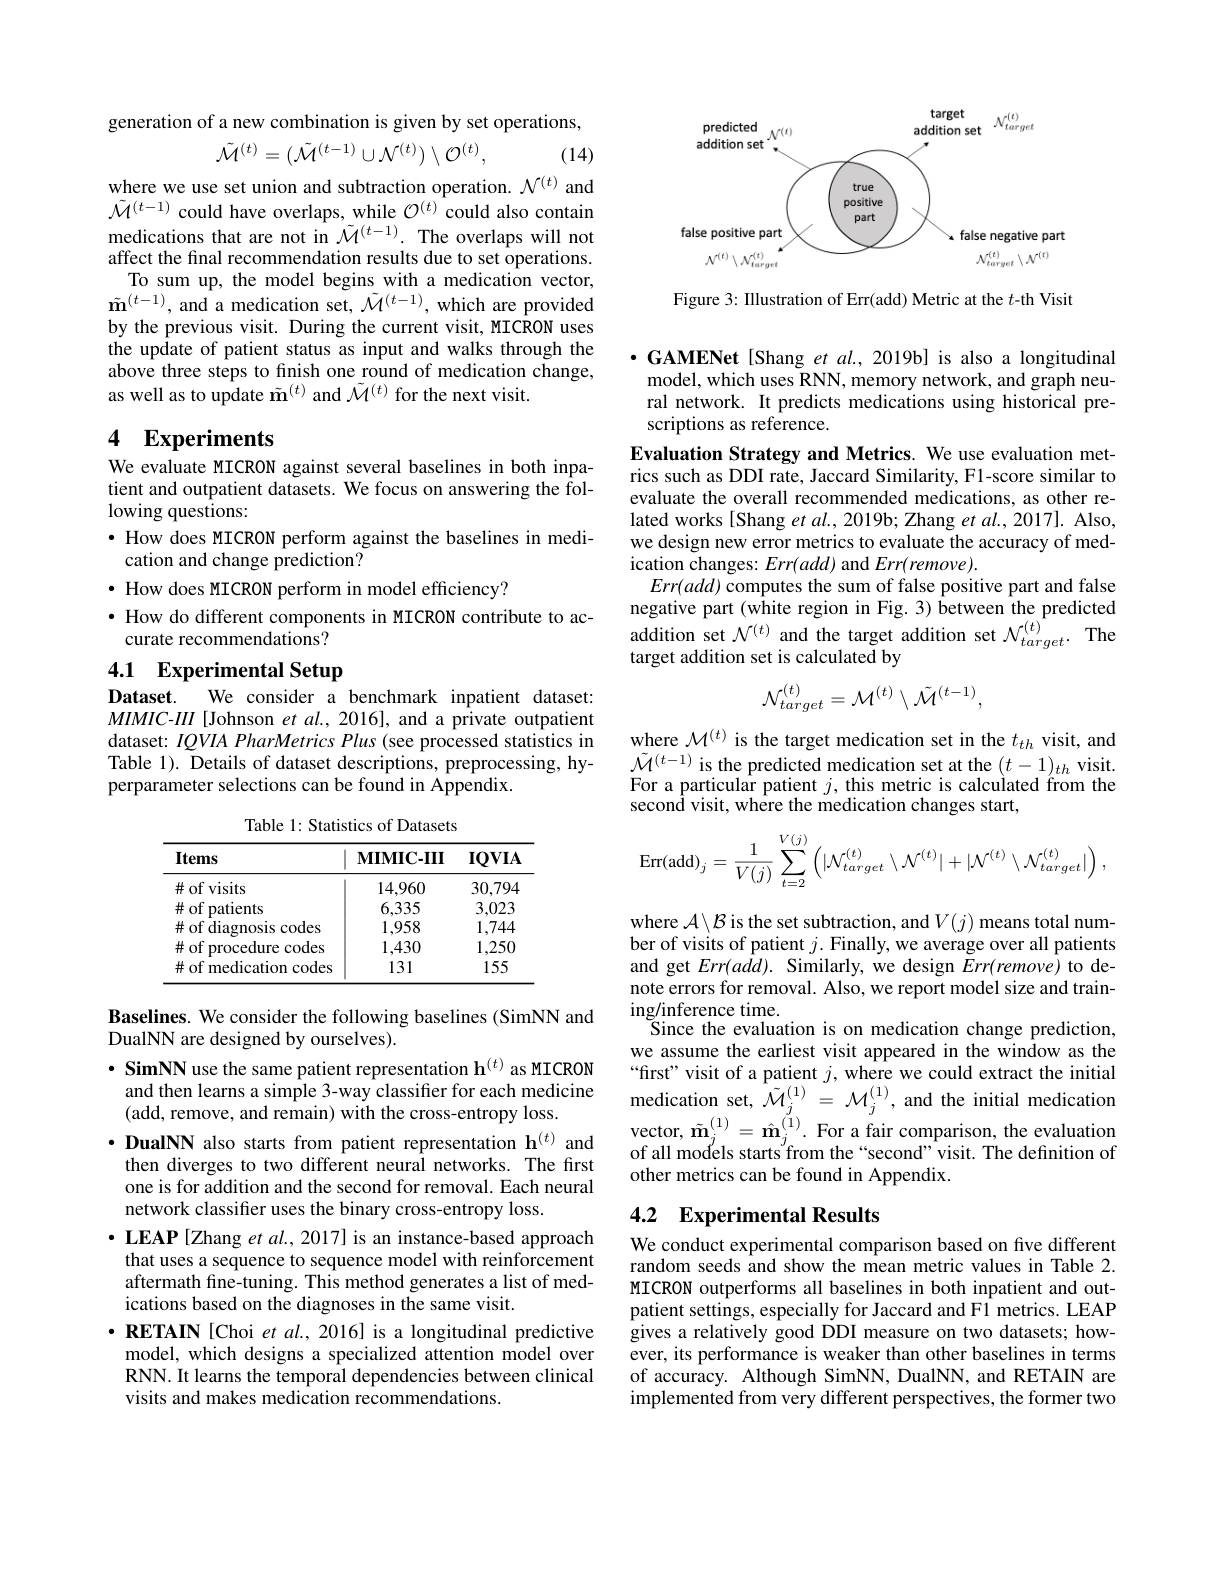
generation of a new combination is given by set operations,
$$\tilde{\mathcal{M}}^{(t)}=(\tilde{\mathcal{M}}^{(t-1)}\cup\mathcal{N}^{(t)})\setminus\mathcal{O}^{(t)},$$
(14)

where we use set union and subtraction operation. $\mathcal{N}^(t)$ and $\tilde{\mathcal{M}}^{(t-1)}$ could have overlaps, while $\mathcal{O}^(t)$ could also contain medications that are not in $\tilde{\mathcal{M}}^{(t-1)}.$ The overlaps will not affect the final recommendation results due to set operations.
To sum up, the model begins with a medication vector, $\tilde{\mathbf{m}}^{(t-1)}$, and a medication set, $\tilde{\mathcal{M}}^{(t-1)}$, which are provided by the previous visit. During the current visit, MICRON uses the update of patient status as input and walks through the above three steps to finish one round of medication change, as well as to update $\tilde{\mathbf{m}}^{(t)}$ and $\tilde{\mathcal{M}}^{(t)}$ for the next visit.

### 4 $\textbf{Experiments}$

We evaluate MICRON against several baselines in both inpatient and outpatient datasets. We focus on answering the following questions:
$\bullet$ How does MICRON perform against the baselines in medi-
cation and change prediction?
$\bullet$ How does MICRON perform in model efficiency?
$\bullet$ How do different components in MICRON contribute to ac-
curate recommendations?

# 4.1 Experimental Setup

We consider a benchmark inpatient dataset:
Dataset.
$MIMIC-III$ [Johnson et al., 2016], and a private outpatient dataset: $IQVIA$ PharMetrics Plus (see processed statistics in Table 1). Wetails of dataset descriptions, preprocessing, hyperparameter selections can be found in Appendix.

Table 1: Statistics of Datasets

<table>
	<tbody>
		<tr>
			<th>Items</th>
			<th>$\mathbf{MIMIC-III}$</th>
			<th>$IQVIA$</th>
		</tr>
		<tr>
			<td>$\#$of visits</td>
			<td>14.960</td>
			<td>30,794</td>
		</tr>
		<tr>
			<td>$\#$of patients</td>
			<td>6,335</td>
			<td>3,023</td>
		</tr>
		<tr>
			<td>$\#$ of diagnosis codes 1</td>
			<td>1,958</td>
			<td>1,744</td>
		</tr>
		<tr>
			<td>$\#$ of procedure codes</td>
			<td>1,430</td>
			<td>1,250</td>
		</tr>
		<tr>
			<td>$\#$ of medication codes</td>
			<td>131</td>
			<td>155</td>
		</tr>
	</tbody>
</table>

Baselines. We consider the following baselines (SimNN and
DualNN are designed by ourselves).

$\cdot\textbf{ SimNN use the same patient representation h}^{(t)}$as MICRON
and then learns a simple 3-way classifier for each medicine
(add, remove, and remain) with the cross-entropy loss.
·DualNN also starts from patient representation h$^{(t)}$ and
then diverges to two different neural networks. The first one is for addition and the second for removal. Each neural network classifier uses the binary cross-entropy loss.
$\bullet$ LEAP [Zhang et al., 2017] is an instance-based approach that uses a sequence to sequence model with reinforcement aftermath fine-tuning. This method generates a list of medications based on the diagnoses in the same visit.
$\cdot \textbf{RETAIN[ Choi et al. , 2016] is a longitudinal predictive}$ model, which designs a specialized attention model over RNN. It learns the temporal dependencies between clinical visits and makes medication recommendations.

<FigureHere>

Figure 3: Illustration of Err(add) Metric at the $t$-th Visit

$\cdot$GAMENet[Shang et al., 2019b] is also a longitudinal model, which uses RNN, memory network, and graph neural network. It predicts medications using historical prescriptions as reference.
Evaluation Strategy and Metrics. We use evaluation metrics such as DDI rate, Jaccard Similarity, F1-score similar to evaluate the overall recommended medications, as other related works [Shang et al., 2019b; Zhang et al., 2017]. Also, we design new error metrics to evaluate the accuracy of medication changes: $Err(add)$ and $Err(remove).$
$Err(add)$ computes the sum of false positive part and false negative part (white region in Fig. 3) between the predicted addition set $\mathcal{N}^{(t)}$ and the target addition set $\mathcal{N}_target^{(t)}.$ The target addition set is calculated by
$$\mathcal{N}_{target}^{(t)}=\mathcal{M}^{(t)}\setminus\tilde{\mathcal{M}}^{(t-1)},$$
where $\mathcal{M}^{(t)}$ is the target medication set in the $t_th$ visit, and $\tilde{\mathcal{M}}^{(t-1)}$ is the predicted medication set at the $(t-1)_th$ visit. For a particular patient $j$, this metric is calculated from the second visit, where the medication changes start,
$$\text{Err(add)}_{j}=\dfrac{1}{V(j)}\sum\limits_{t=2}^{V(j)}\left(|\mathcal{N}_{target}^{(t)}\setminus\mathcal{N}^{(t)}|+|\mathcal{N}^{(t)}\setminus\mathcal{N}_{target}^{(t)}|\right),$$
where $\mathcal{A}\backslash\mathcal{B}$ is the set subtraction, and $V(j)$ means total number of visits of patient $j.$ Finally, we average over all patients and get $Err(add).$ Similarly, we design $Err(remove)$ to denote errors for removal. Also, we report model size and training/inference time.
Since the evaluation is on medication change prediction, we assume the earliest visit appeared in the window as the “first" visit of a patient $j$, where we could extract the initial medication set, $\hat{\mathcal M}_j^{(1)}=\mathcal{M}_j^{(1)}$,and the initial medication $\begin{array}{l}{\mathrm{vector,~\tilde{\mathbf{m}}_{j}^{(1)}=\hat{\mathbf{m}}_{j}^{(1)}.~For~a~fair~comparison,~the~evaluation}}\\{\mathrm{of~all~models~starts~from~the~“second"visit.~The~definition~of}}\\\end{array}$ other metrics can be found in Appendix.

# 4.2 Experimental Results

We conduct experimental comparison based on five different random seeds and show the mean metric values in Table 2. MICRON outperforms all baselines in both inpatient and outpatient settings, especially for Jaccard and F1 metrics. LEAP gives a relatively good DDI measure on two datasets; however, its performance is weaker than other baselines in terms of accuracy. Although SimNN, DualNN, and RETAIN are implemented from very different perspectives, the former two